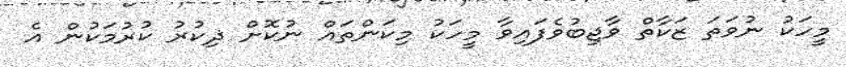
މީހަކު ނުވަތަ ޒަކާތް ވާޖިބުވެފައިވާ މީހަކު މިކަންތައް ނުކޮށް ޛިކުރު ކުރުމަކުން އެ